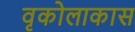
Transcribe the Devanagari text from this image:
वृकोलाकास